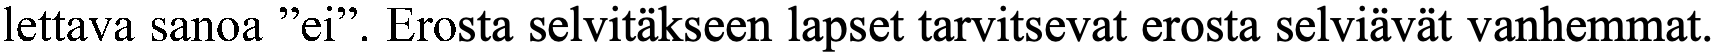
lettava sanoa ”ei”. Erosta selvitäkseen lapset tarvitsevat erosta selviävät vanhemmat.